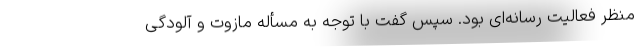
منظر فعالیت رسانه‌ای بود. سپس گفت با توجه به مسأله مازوت و آلودگی